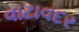
વાટાવદર